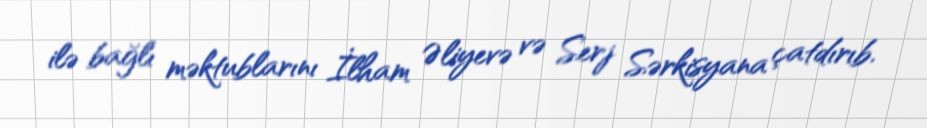
ilə bağlı məktublarını İlham Əliyevə və Serj Sərkisyana çatdırıb.